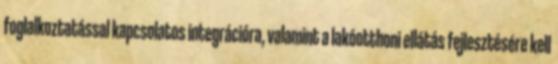
foglalkoztatással kapcsolatos integrációra, valamint a lakóotthoni ellátás fejlesztésére kell